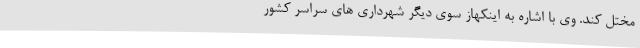
مختل کند. وی با اشاره به اینکهاز سوی دیگر شهرداری های سراسر کشور